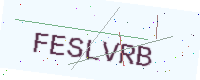
Text: FESLVRB